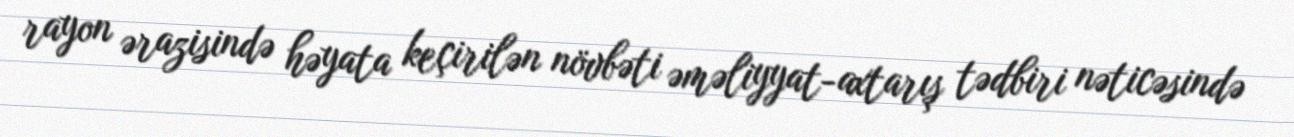
rayon ərazisində həyata keçirilən növbəti əməliyyat-axtarış tədbiri nəticəsində